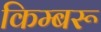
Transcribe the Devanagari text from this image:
किम्बरू